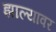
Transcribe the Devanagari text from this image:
झाल्‍यावर